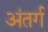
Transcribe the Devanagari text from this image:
अंतर्ग